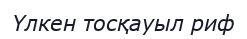
Үлкен тосқауыл риф